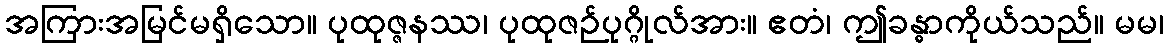
အကြားအမြင်မရှိသော။ ပုထုဇ္ဇနဿ၊ ပုထုဇဉ်ပုဂ္ဂိုလ်အား။ ဧတံ၊ ဤခန္ဓာကိုယ်သည်။ မမ၊